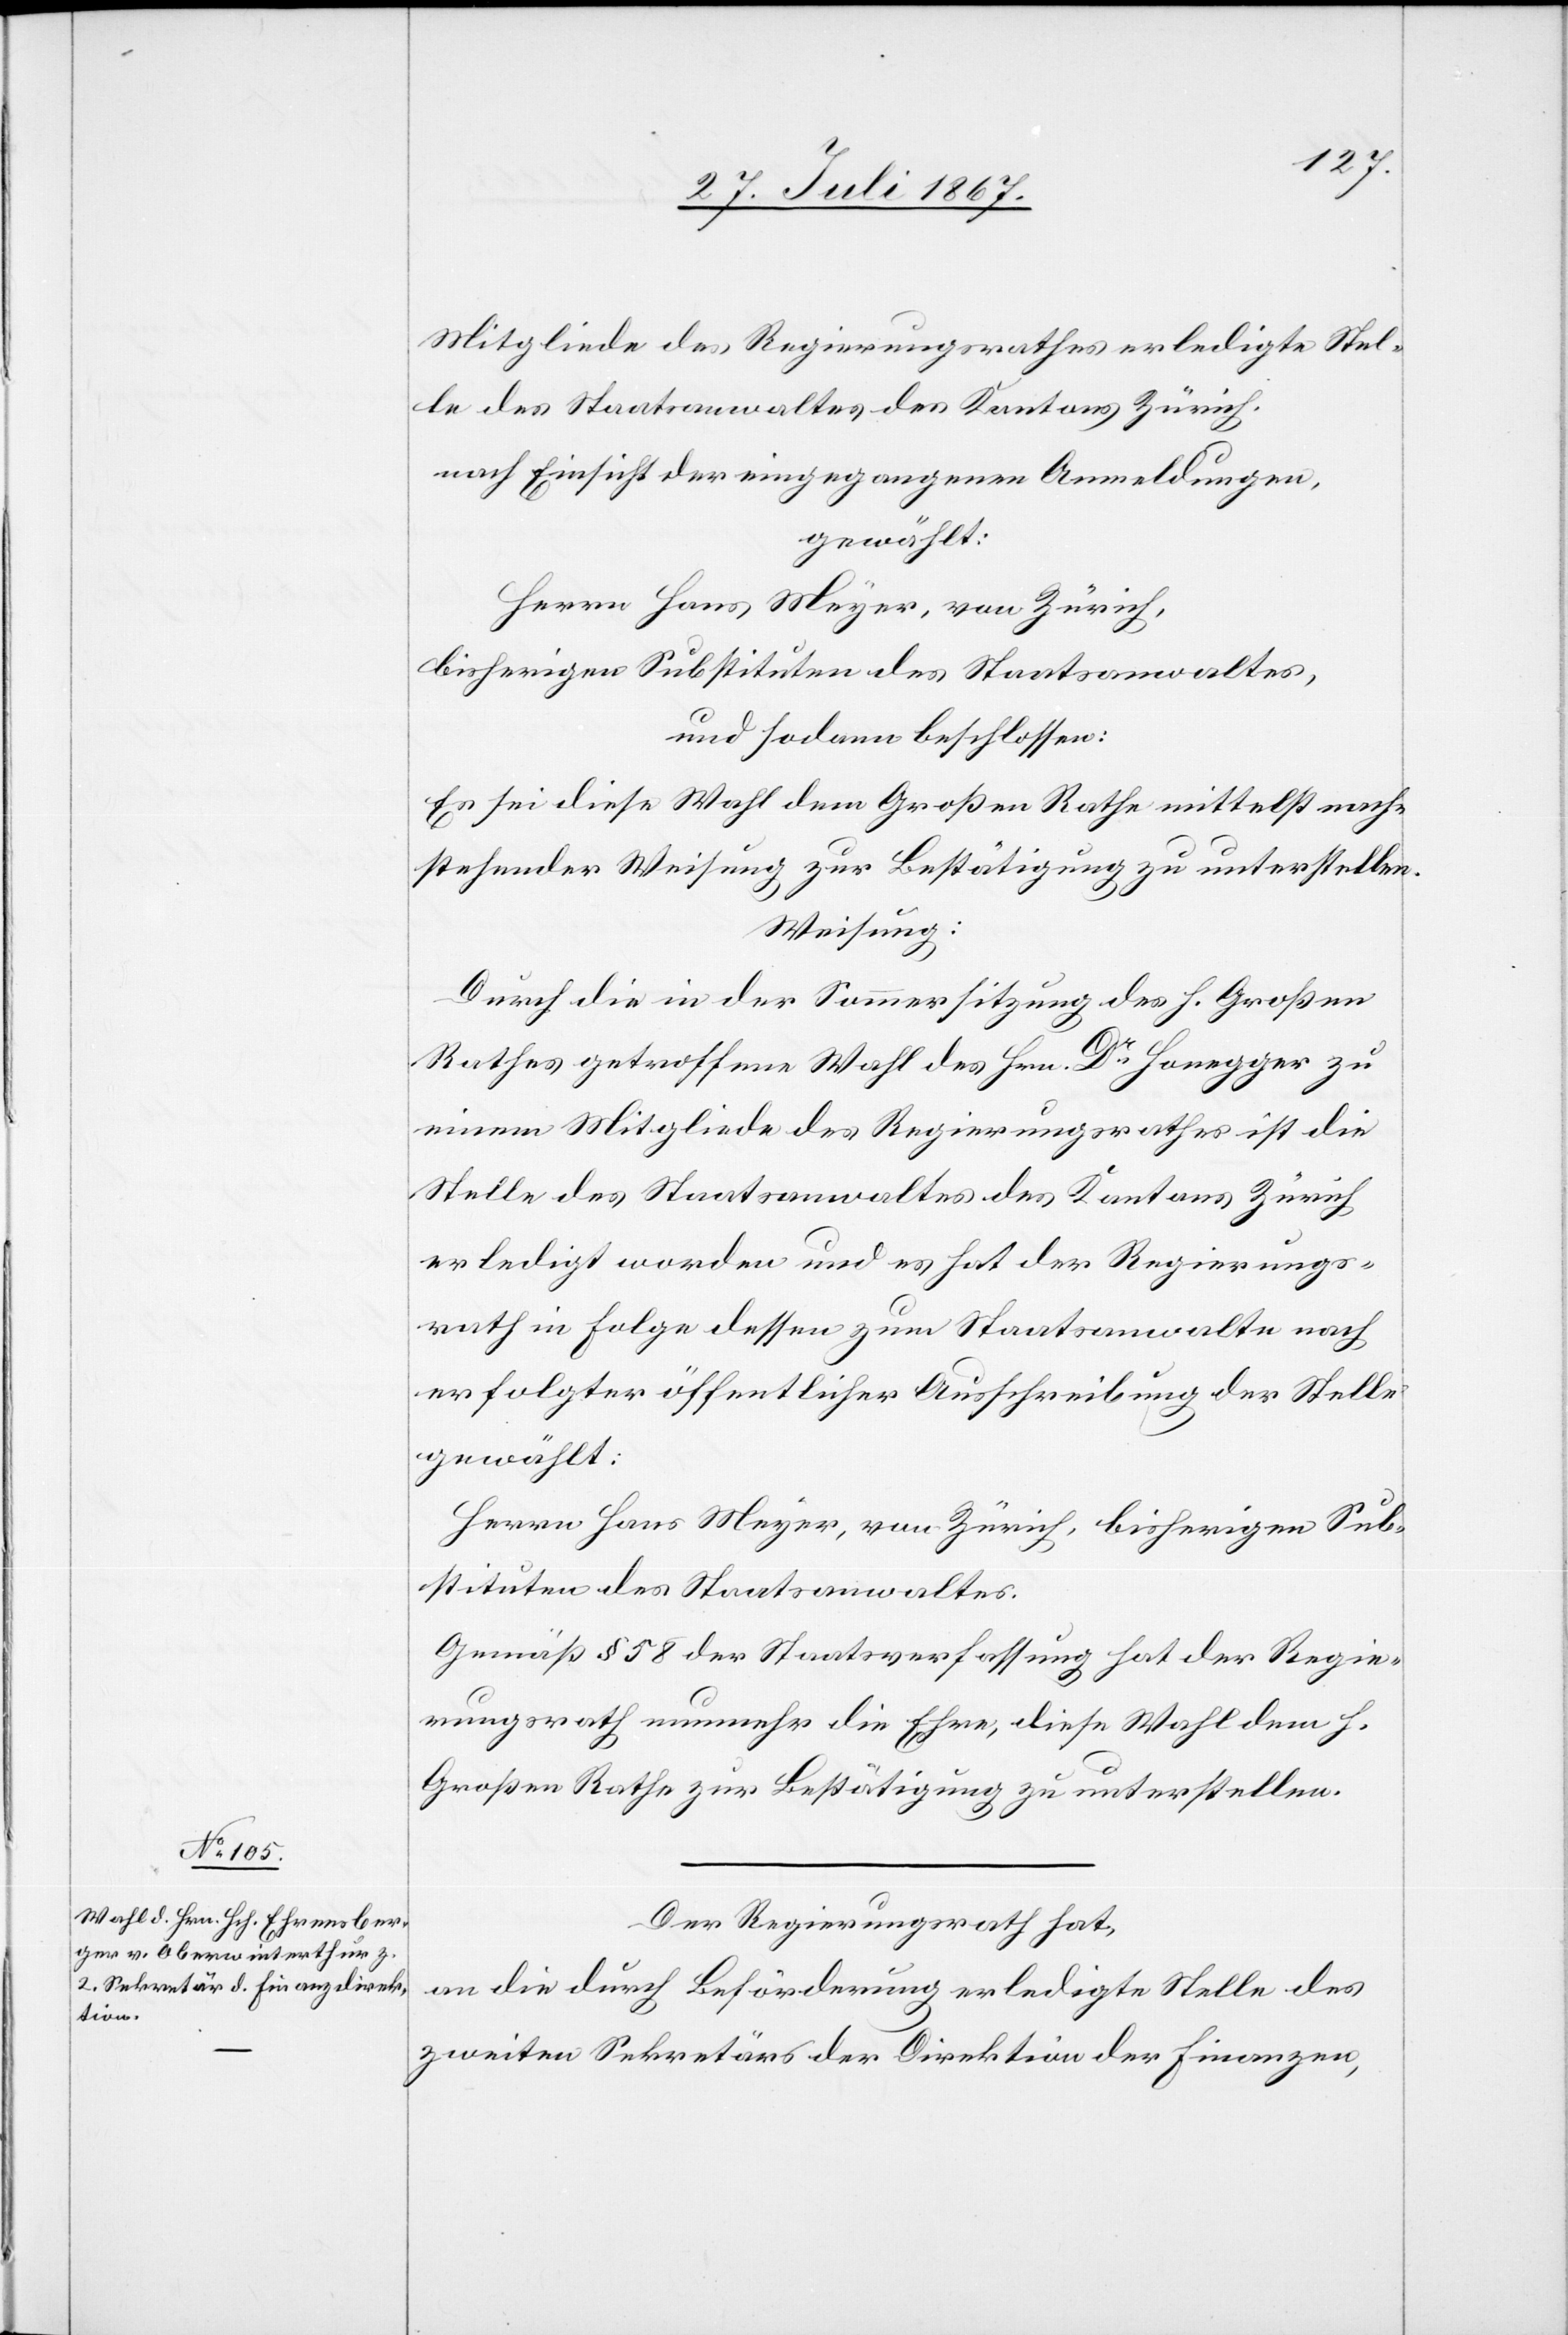
Mitgliede des Regierungsrathes erledigte Stel¬
le des Staatsanwaltes des Kantons Zürich,
nach Einsicht der eingegangenen Anmeldungen,
gewählt:
Herrn Hans Meyer, von Zürich,
bisherigen Substituten des Staatsanwaltes,
und sodann beschlossen:
Es sei diese Wahl dem Großen Rathe mittelst nach¬
stehender Weisung zur Bestätigung zu unterstellen.
Weisung:
Durch die in der Sommersitzung des h. Großen
Rathes getroffene Wahl des Hrn. Dr. Honegger zu
einem Mitgliede des Regierungsrathes ist die
Stelle des Staatsanwaltes des Kantons Zürich
erledigt worden und es hat der Regierungs¬
rath in Folge dessen zum Staatsanwalte nach
erfolgter öffentlicher Ausschreibung der Stelle
gewählt:
Herrn Hans Meyer, von Zürich, bisherigen Sub¬
stituten des Staatsanwaltes.
Gemäß § 58 der Staatsverfassung hat der Regie¬
rungsrath nunmehr die Ehre, diese Wahl dem h.
Großen Rathe zur Bestätigung zu unterstellen.
Der Regierungsrath hat,
an die durch Beförderung erledigte Stelle des
zweiten Sekretär der Direktion der Finanzen,